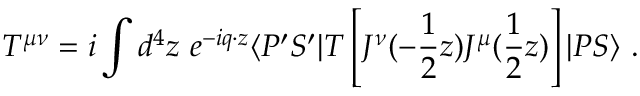
T ^ { \mu \nu } = i \int d ^ { 4 } z ~ e ^ { - i q \cdot z } \langle P ^ { \prime } S ^ { \prime } | T \left[ J ^ { \nu } ( - \frac { 1 } { 2 } z ) J ^ { \mu } ( \frac { 1 } { 2 } z ) \right] | P S \rangle \ .